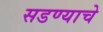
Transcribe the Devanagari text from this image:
सडण्याचे